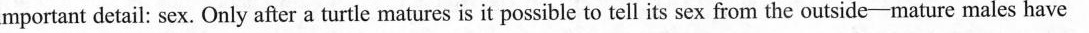
important detail: sex. Only after a turtle matures is it possible to tell its sex from the outside-mature males have